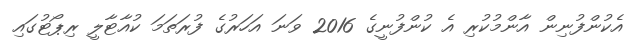
އެކުންފުނިން އާންމުކުރި އެ ކުންފުނީގެ 2016 ވަނަ އަހަރުގެ ފުރަތަމަ ކުއާޓާލީ ރިޕޯޓުގައި